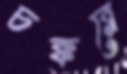
চক্করে